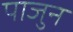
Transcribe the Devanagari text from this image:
पाजुन